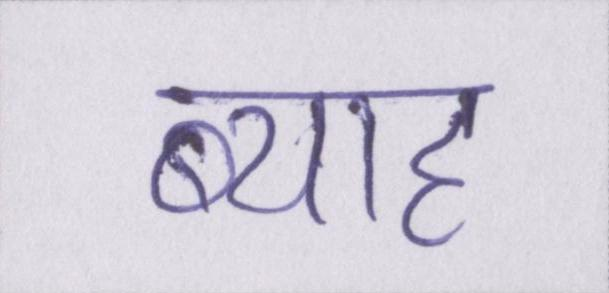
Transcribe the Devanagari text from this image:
ब्याह